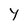
Character: Y